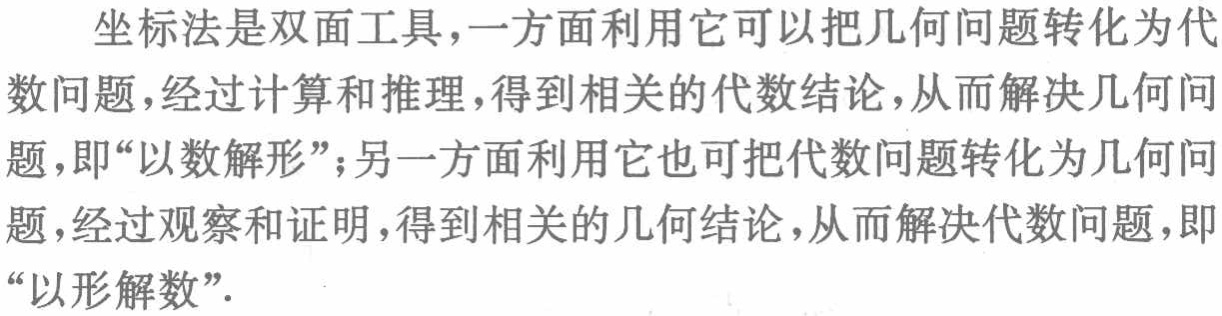
坐标法是双面工具,一方面利用它可以把几何问题转化为代数问题,经过计算和推理,得到相关的代数结论,从而解决几何问题,即“以数解形”;另一方面利用它也可把代数问题转化为几何问题,经过观察和证明,得到相关的几何结论,从而解决代数问题,即“以形解数”.